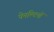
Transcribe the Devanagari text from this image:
पेनल्टियों